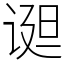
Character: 䜥